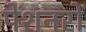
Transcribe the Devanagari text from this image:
पेंशनरों